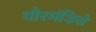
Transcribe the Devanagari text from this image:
गौरमंडिसे